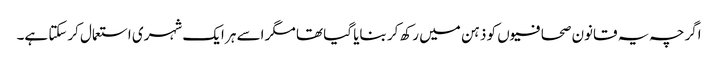
اگرچہ یہ قانون صحافیوں کو ذہن میں رکھ کر بنایا گیا تھا مگر اسے ہر ایک شہری استعمال کرسکتا ہے۔